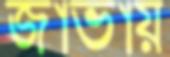
জাভায়